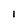
Character: l